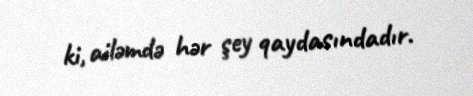
ki, ailəmdə hər şey qaydasındadır.